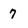
Character: 7